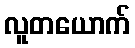
လူတယောက်